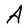
Character: A